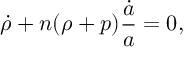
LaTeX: \dot { \rho } + n ( \rho + p ) { \frac { \dot { a } } { a } } = 0 ,